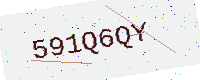
Text: 591Q6QY